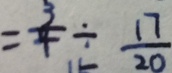
= \frac { 3 } { 4 } \div \frac { 1 7 } { 2 0 }